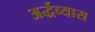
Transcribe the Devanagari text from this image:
अर्द्धव्यास